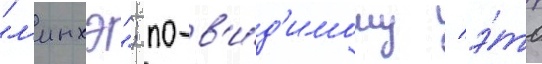
"л'инхэ"; по-в'и́д'имому / э́то